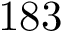
1 8 3